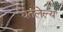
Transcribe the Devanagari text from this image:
घेतलेल्य